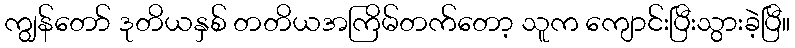
ကျွန်တော် ဒုတိယနှစ် တတိယအကြိမ်တက်တော့ သူက ကျောင်းပြီးသွားခဲ့ပြီ။